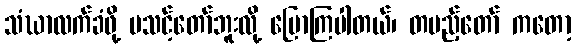
သံဃာလက်ခံဖို့ မသင့်တော်ဘူးလို့ ပြောကြပါတယ်၊ တပည့်တော် ကတော့